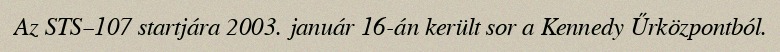
Az STS–107 startjára 2003. január 16-án került sor a Kennedy Űrközpontból.